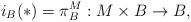
LaTeX: \begin{align*}i_B (*) = \pi_B^{M}:M\times B\rightarrow B,\end{align*}